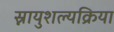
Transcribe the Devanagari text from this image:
स्नायुशल्यक्रिया